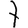
Digit: 7